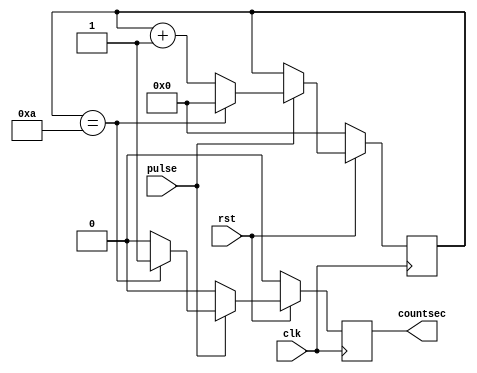
module ten_counter(pulse,clk,rst,countsec);
	input clk,rst,pulse;
	output reg countsec;
	reg [3:0] count;

	always @(posedge clk)
		begin
			if(rst == 0)
				begin
					count<=0;
					countsec=0;
					
				end
			else
				begin
					if(pulse==1) begin
					
						if(count>4'b1010) begin
							count<=4'b0000;
						end
						count <=count+4'b0001;
						
						if(count==4'b1010) begin	
							countsec=1;
							count<=0;
						end
						else begin
							countsec=0;
						end	
					end
					else begin
					if(countsec==1)begin
					countsec=0;
					end
					
					end
									
				end
		end
endmodule